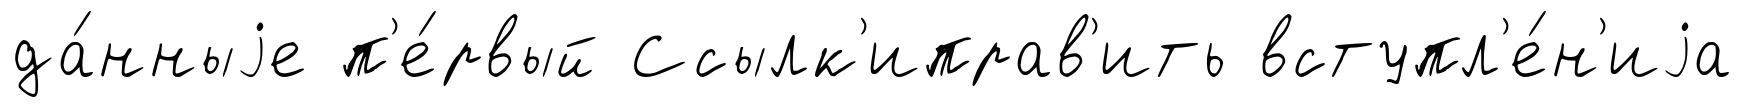
да́нныjе п'е́рвый Ссылк'иправ'ить вступл'е́н'иjа